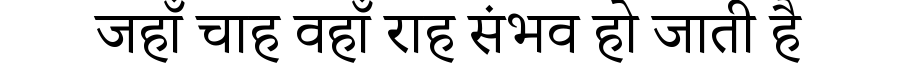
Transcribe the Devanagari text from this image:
जहाँ चाह वहाँ राह संभव हो जाती है